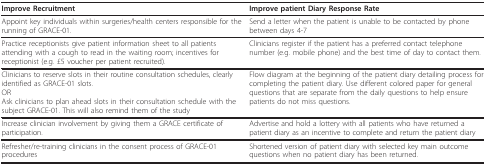
<table><thead><tr><td><b>Improve Recruitment</b></td><td><b>Improve patient Diary Response Rate</b></td></tr></thead><tbody><tr><td>Appoint key individuals within surgeries/health centers responsible for the running of GRACE-01.</td><td>Send a letter when the patient is unable to be contacted by phone between days 4-7</td></tr><tr><td>Practice receptionists give patient information sheet to all patients attending with a cough to read in the waiting room; incentives for receptionist (e.g. £5 voucher per patient recruited).</td><td>Clinicians register if the patient has a preferred contact telephone number (e.g. mobile phone) and the best time of day to contact them.</td></tr><tr><td>Clinicians to reserve slots in their routine consultation schedules, clearly identified as GRACE-01 slots.ORAsk clinicians to plan ahead slots in their consultation schedule with the subject GRACE-01. This will also remind them of the study</td><td>Flow diagram at the beginning of the patient diary detailing process for completing the patient diary. Use different colored paper for general questions that are separate from the daily questions to help ensure patients do not miss questions.</td></tr><tr><td>Increase clinician involvement by giving them a GRACE certificate of participation.</td><td>Advertise and hold a lottery with all patients who have returned a patient diary as an incentive to complete and return the patient diary</td></tr><tr><td>Refresher/re-training clinicians in the consent process of GRACE-01 procedures</td><td>Shortened version of patient diary with selected key main outcome questions when no patient diary has been returned.</td></tr></tbody></table>